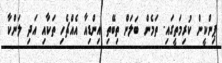
ޕިންކީން ކުރިމަތީގައި. ތަމެން ބަލަން ތިބޭތި އިންޑިއާ އެއްޗެހި ތަކާއި އަދި ލަންކާ